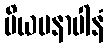
ပိယမနာပါနံ